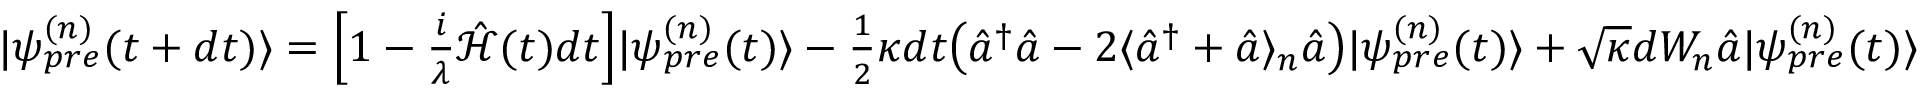
\begin{array} { r } { | \psi _ { p r e } ^ { ( n ) } ( t + d t ) \rangle = \Big [ 1 - \frac { i } { \lambda } \hat { \mathcal { H } } ( t ) d t \Big ] | \psi _ { p r e } ^ { ( n ) } ( t ) \rangle - \frac { 1 } { 2 } \kappa d t \big ( \hat { a } ^ { \dagger } \hat { a } - 2 \langle \hat { a } ^ { \dagger } + \hat { a } \rangle _ { n } \hat { a } \big ) | \psi _ { p r e } ^ { ( n ) } ( t ) \rangle + \sqrt { \kappa } d W _ { n } \hat { a } | \psi _ { p r e } ^ { ( n ) } ( t ) \rangle } \end{array}